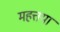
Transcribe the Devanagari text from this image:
महत्तया